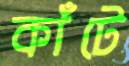
কাঁটে